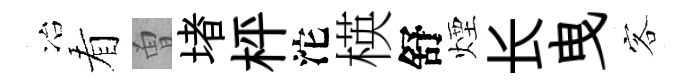
冶看曽堵枰沱楧舒煙长曳客